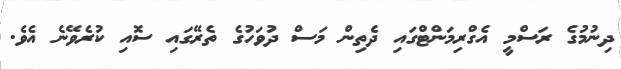
ދިނުމުގެ ރަސްމީ އެގްރިމަންޓްގައި ދެތިން މަސް ދުވަހުގެ ތެރޭގައި ސޮއި ކުރެވޭނެ އެވެ.